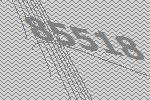
85518